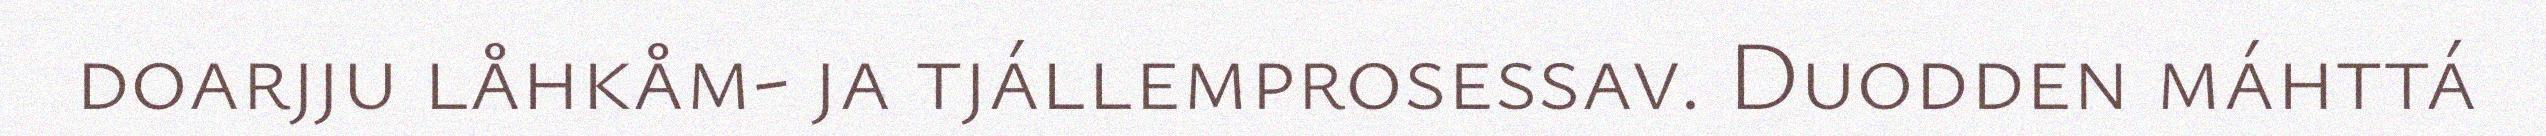
doarjju låhkåm- ja tjállemprosessav. Duodden máhttá